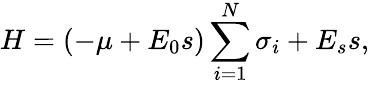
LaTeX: H=(-\mu+E_{0}s)\sum_{i=1}^{N}\sigma_{i}+E_{s}s,